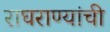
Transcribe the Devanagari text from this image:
राघराण्यांची